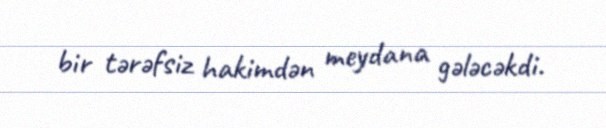
bir tərəfsiz hakimdən meydana gələcəkdi.